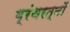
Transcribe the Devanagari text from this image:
ग्रंथरत्नों